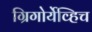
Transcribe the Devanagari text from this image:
ग्रिगोर्येव्हिच